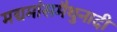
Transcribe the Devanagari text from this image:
मद्यमांसमैथुनादी